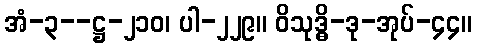
အံ-၃--ဋ္ဌ-၂၁၀၊ ပါ-၂၂၉။ ဝိသုဒ္ဓိ-ဒု-အုပ်-၄၄။